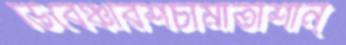
ডিবেঞ্চারশচীমাতাশান্